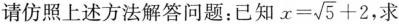
请仿照上述方法解答问题：已知 $$x = \sqrt { 5 } + 2$$，